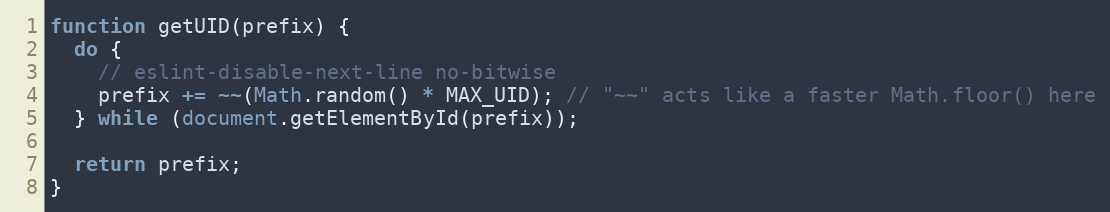
Language: JavaScript
function getUID(prefix) {
  do {
    // eslint-disable-next-line no-bitwise
    prefix += ~~(Math.random() * MAX_UID); // "~~" acts like a faster Math.floor() here
  } while (document.getElementById(prefix));

  return prefix;
}